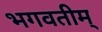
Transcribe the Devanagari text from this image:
भगवतीम्